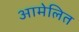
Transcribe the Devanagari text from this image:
आमेलित